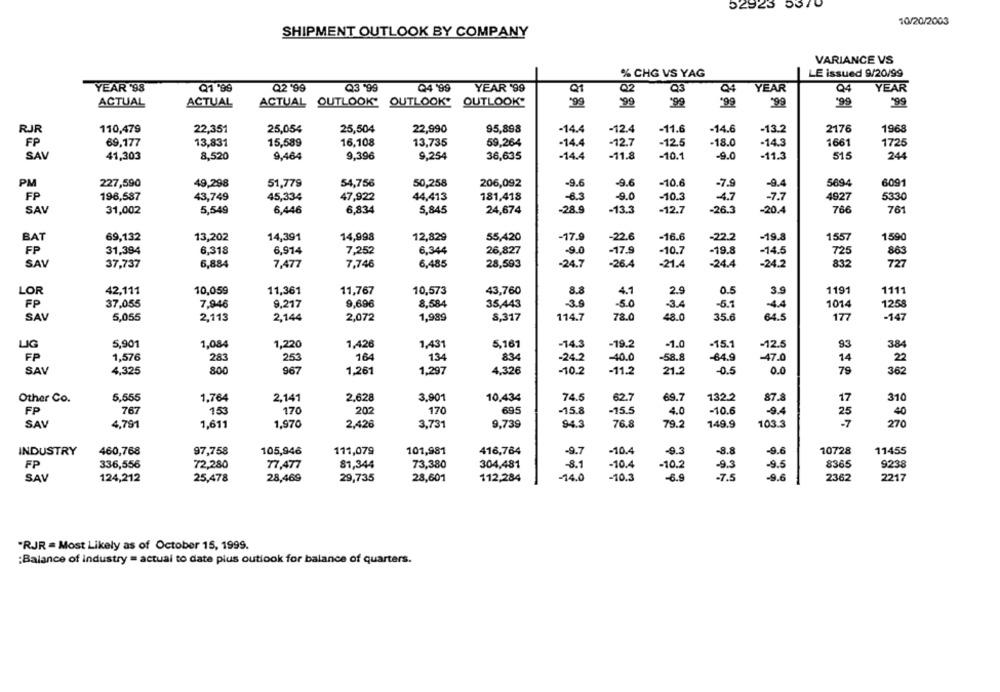
52923 5370
10/20/2003
SHIPMENT OUTLOOK BY COMPANY
VARIANCE VS
% CHG VS YAG
LE issued 9/20/99
YEAR '98
Q1 99
Q2 '99
Q3.99
Q4 '99
YEAR '99
Q1
Q2
YEAR
Q4
YEAR
Q4
ACTUAL
ACTUAL
ACTUAL OUTLOOK, OUTLOOK. OUTLOOK"
299
99
9
99
'99
'99
'99
RJR
110,479
22,351
25,054
25,504
22,990
95,898
-14.4
-12.4
-11.6
-14.6
-13.2
2176
1968
FP
69,177
13,831
15,589
16,108
13,735
59,264
-14.4
-12.7
-12.5
-18.0
-14.3
1661
1725
SAV
41,303
8,520
9,464
9,396
9,254
36,635
-14.4
-11.8
-10.1
-9.0
-11.3
515
244
PM
227,590
49,298
51,779
54,756
50,258
206,092
-9.6
-9.6
-10.6
-7.9
-9.4
5694
6091
FP
196,587
43,749
45,334
47,922
44,413
181,418
-8.3
-9.0
-10.3
4.7
-7.7
4927
5330
SAV
31,002
5,549
6,446
6,834
5,845
24,674
-28.9
-13.3
-12.7
-26.3
-20.4
766
761
BAT
69,132
13,202
14,391
14,998
12,829
55,420
-17.9
-22.6
-16.6
-22.2
-19.8
1557
1590
6,318
FP
31,394
6,914
7,252
6,344
26,827
-9.0
-17.9
-10.7
-19.8
-14.5
725
863
-24.7
-24.4
-24.2
832
727
SAV
37,737
6,884
7,477
7,746
6,485
28,593
-26.4
-21.4
42,111
10,059
11,361
11,767
10,573
43,760
8.8
2.9
0.5
3.9
1191
1111
LOR
4.1
FP
37,055
7.946
9,217
9,696
8,584
35,443
-3.9
-5.0
-3.4
-5.1
-44
1014
1258
SAV
5,055
2,113
2,144
2,072
1,989
8,317
114.7
78.0
48.0
35.6
64.5
177
-147
LIG
5,901
1,084
1,220
1,426
1,431
5,161
-14.3
-19.2
-1.0
-15.1
-12.5
93
384
FP
1,576
283
253
164
134
834
-24.2
-40.0
-58.8
-64.9
-47.0
14
2
SAV
4,325
800
967
1,261
1,297
4.326
-10.2
-11.2
21.2
-0.5
0.0
79
362
Other Co.
5.555
1.764
2,141
2.628
3.901
10,434
74.5
62.7
69.7
1322
87.8
17
310
FP
767
153
170
202
170
695
-15.8
-15.5
4.0
-10.6
-9.4
25
40
SAV
4,791
1,611
1,970
2,426
3,731
9,739
94.3
76.8
79.2
149.9
103.3
270
101,981
-10.4
-9.3
-8.8
-9.6
10728
11455
INDUSTRY
460,768
97,758
105,946
111,079
416,784
-9.7
FP
336,556
72,280
73,380
-10.4
-10.2
-9.3
9.5
8365
9238
77,477
81,344
304,481
-8.1
SAV
124,212
25,478
28,601
14.0
-10.3
-6.9
-7.5
-9.6
2362
2217
28,469
29,735
112,284
"RJR = Most Likely as of October 15, 1999.
:Balance of industry = actual to date plus outlook for balance of quarters.